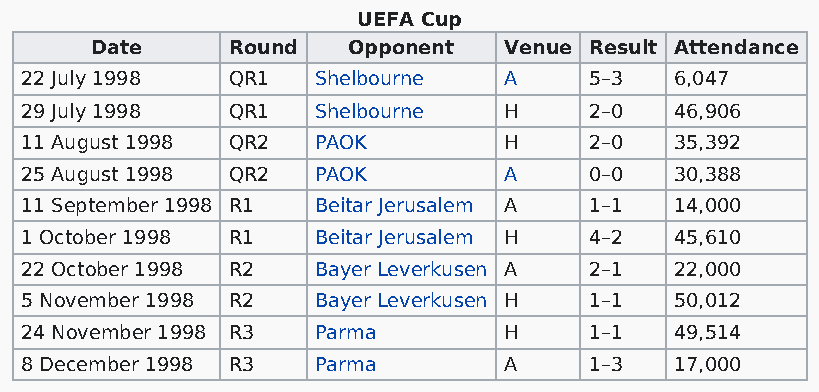
UEFA Cup
 Date     Round   Opponent  Venue Result Attendance
 22 July 1998  QR1   Shelbourne  A     5–3   6,047
 29 July 1998  QR1   Shelbourne  H     2–0   46,906
 11 August 1998 QR2  PAOK        H     2–0   35,392
 25 August 1998 QR2  PAOK        A     0–0   30,388
 11 September 1998 R1 Beitar Jerusalem A 1–1 14,000
 1 October 1998 R1   Beitar Jerusalem H 4–2  45,610
 22 October 1998 R2  Bayer Leverkusen A 2–1  22,000
 5 November 1998 R2  Bayer Leverkusen H 1–1  50,012
 24 November 1998 R3 Parma       H     1–1   49,514
 8 December 1998 R3  Parma       A     1–3   17,000